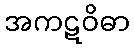
အကဋဝိဓာ